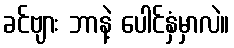
ခင်ဗျား ဘာနဲ့ ပေါင်နှံမှာလဲ။